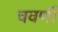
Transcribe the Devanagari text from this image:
चवर्णी